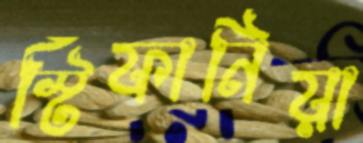
স্টিফানিয়া